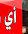
أي